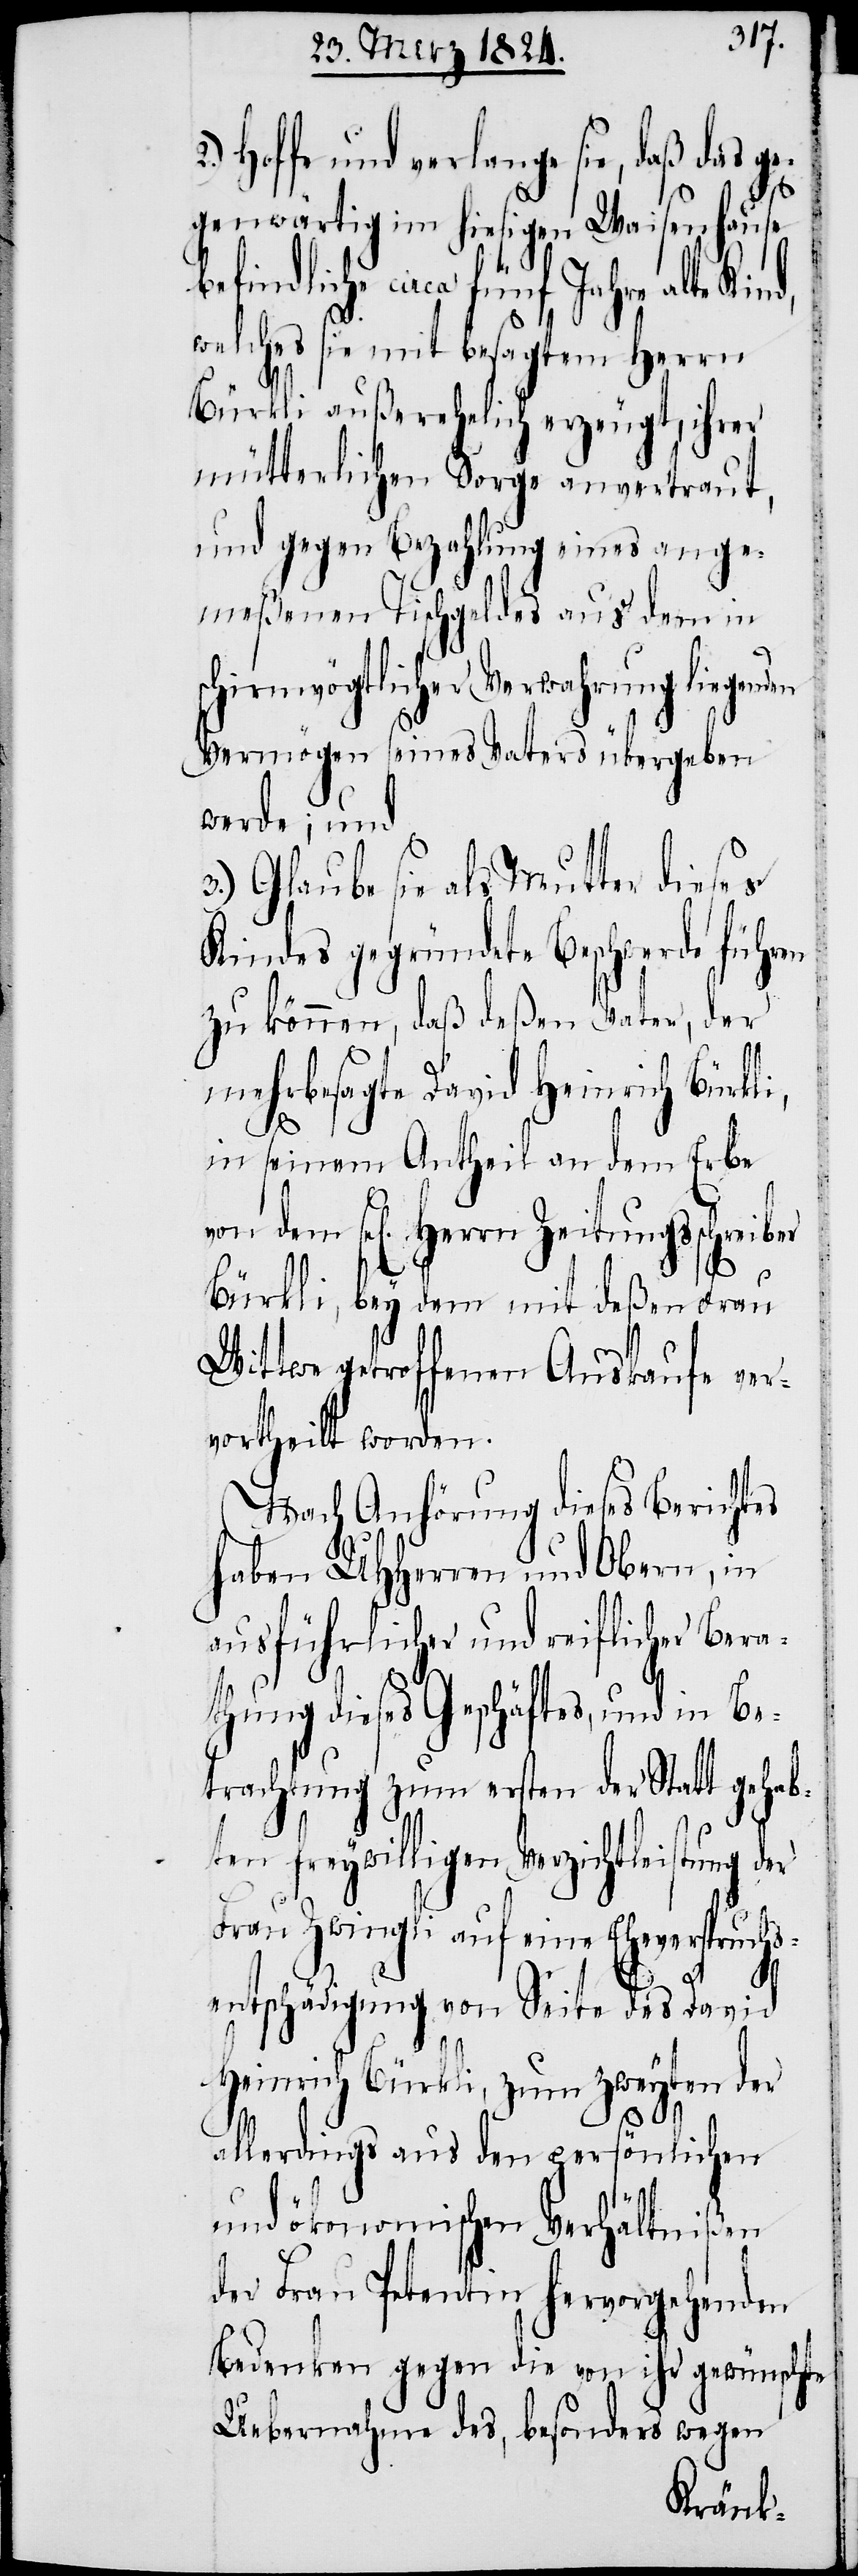
Hoffe und verlange sie, daß das
gegenwärtig im hiesigen Waisenhause
efindliche circa fünf Jahre alte
welches sie mit besagtem Herrn
Bürkli außerehelich erzeugt, ihrer
mütterlichen Sorge anvertraut,
und gegen Bezahlung eines ange¬
meßenen Tischgeldes aus dem in
chirmvögtlicher Verwahrung liegend¬
Vermögen seines Vaters übergeben
werde; und
3.) Glaube sie als Mutter dieses
Kindes gegründete Beschwerde führen
zu können, daß deßen Vater, der
mehrbesagte David Heinrich Bürkli,
in seinem Antheil an dem Erbe
sel[igen] Herrn Zeitungsschrei¬
ber
Bürkli, bey dem mit deßen Frau
Wittwe getroffenen Auskaufe ver¬
theilt worden.
Nach Anhörung dieses Berichtes
haben UHHerren und Obern, in
ausführlicher und reiflicher Bera¬
thung dieses Geschäftes, und in Be¬
trachtung zum ersten der Statt gehabt¬
en freywilligen Verzichtleistung
hs¬
Frau Zwingli auf eine Eheverspruc¬
entschädigung von Seite des David
Heinrich Bürkli, zum zweyten der
allerdings aus den persönlichen
und ökonomischen Verhältnißen
der Frau Petentin hervorgehenden
Bedenken gegen die von ihr gewünschte
Uebernahme des, besonders wegen